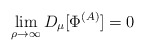
\begin{align*}\lim_{\rho \to \infty} D_\mu[\Phi^{(A)}] = 0\end{align*}